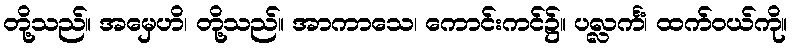
တို့သည်။ အမှေဟိ၊ တို့သည်။ အာကာသေ၊ ကောင်းကင်၌။ ပလ္လင်္ကံ၊ ထက်ဝယ်ကို။